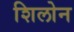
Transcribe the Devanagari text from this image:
शिलोन